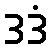
ဒဒံ